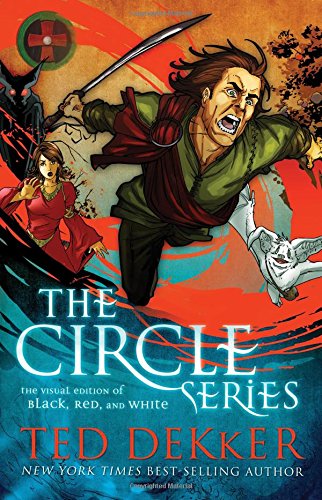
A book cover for Circle Series Visual Edition: Black, Red, and White Graphic Novels (The Circle Series); Ted Dekker; Christian Books & Bibles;